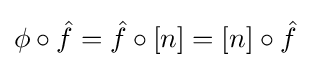
\phi \circ {\hat {f}}={\hat {f}}\circ [n]=[n]\circ {\hat {f}}